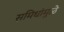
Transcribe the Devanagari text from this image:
समिधांमुळे